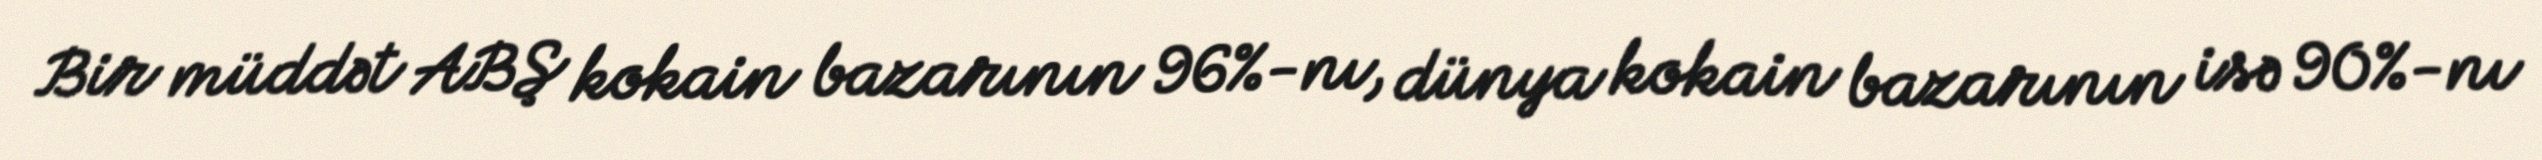
Bir müddət ABŞ kokain bazarının 96%-nı, dünya kokain bazarının isə 90%-nı